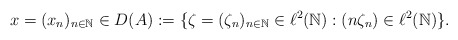
\begin{align*}x = (x_n)_{n \in \mathbb{N}} \in D(A) :=\{\zeta = (\zeta_n)_{n \in \mathbb{N}} \in \ell^2(\mathbb{N}) : (n\zeta_n)\in \ell^2(\mathbb{N})\}.\end{align*}